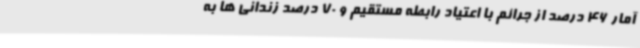
آمار 46 درصد از جرائم با اعتیاد رابطه مستقیم و 70 درصد زندانی ها به